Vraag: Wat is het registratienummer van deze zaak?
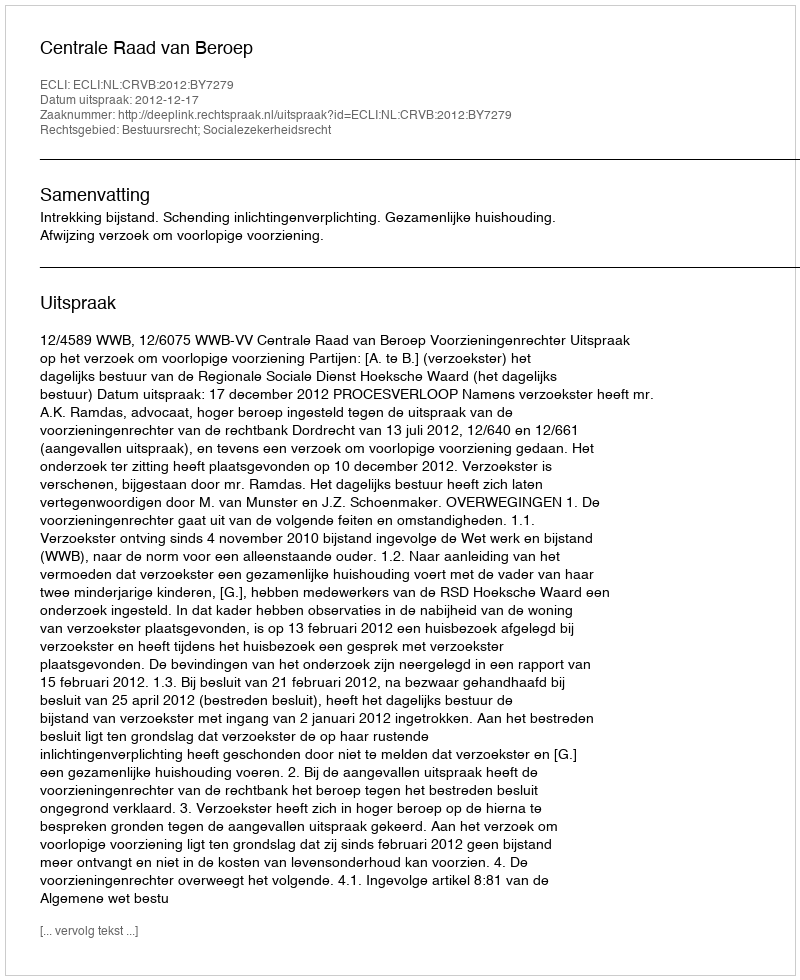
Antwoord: http://deeplink.rechtspraak.nl/uitspraak?id=ECLI:NL:CRVB:2012:BY7279